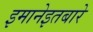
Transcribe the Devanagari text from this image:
इमानेइतबारे